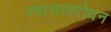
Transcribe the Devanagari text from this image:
श्वासावरोधन